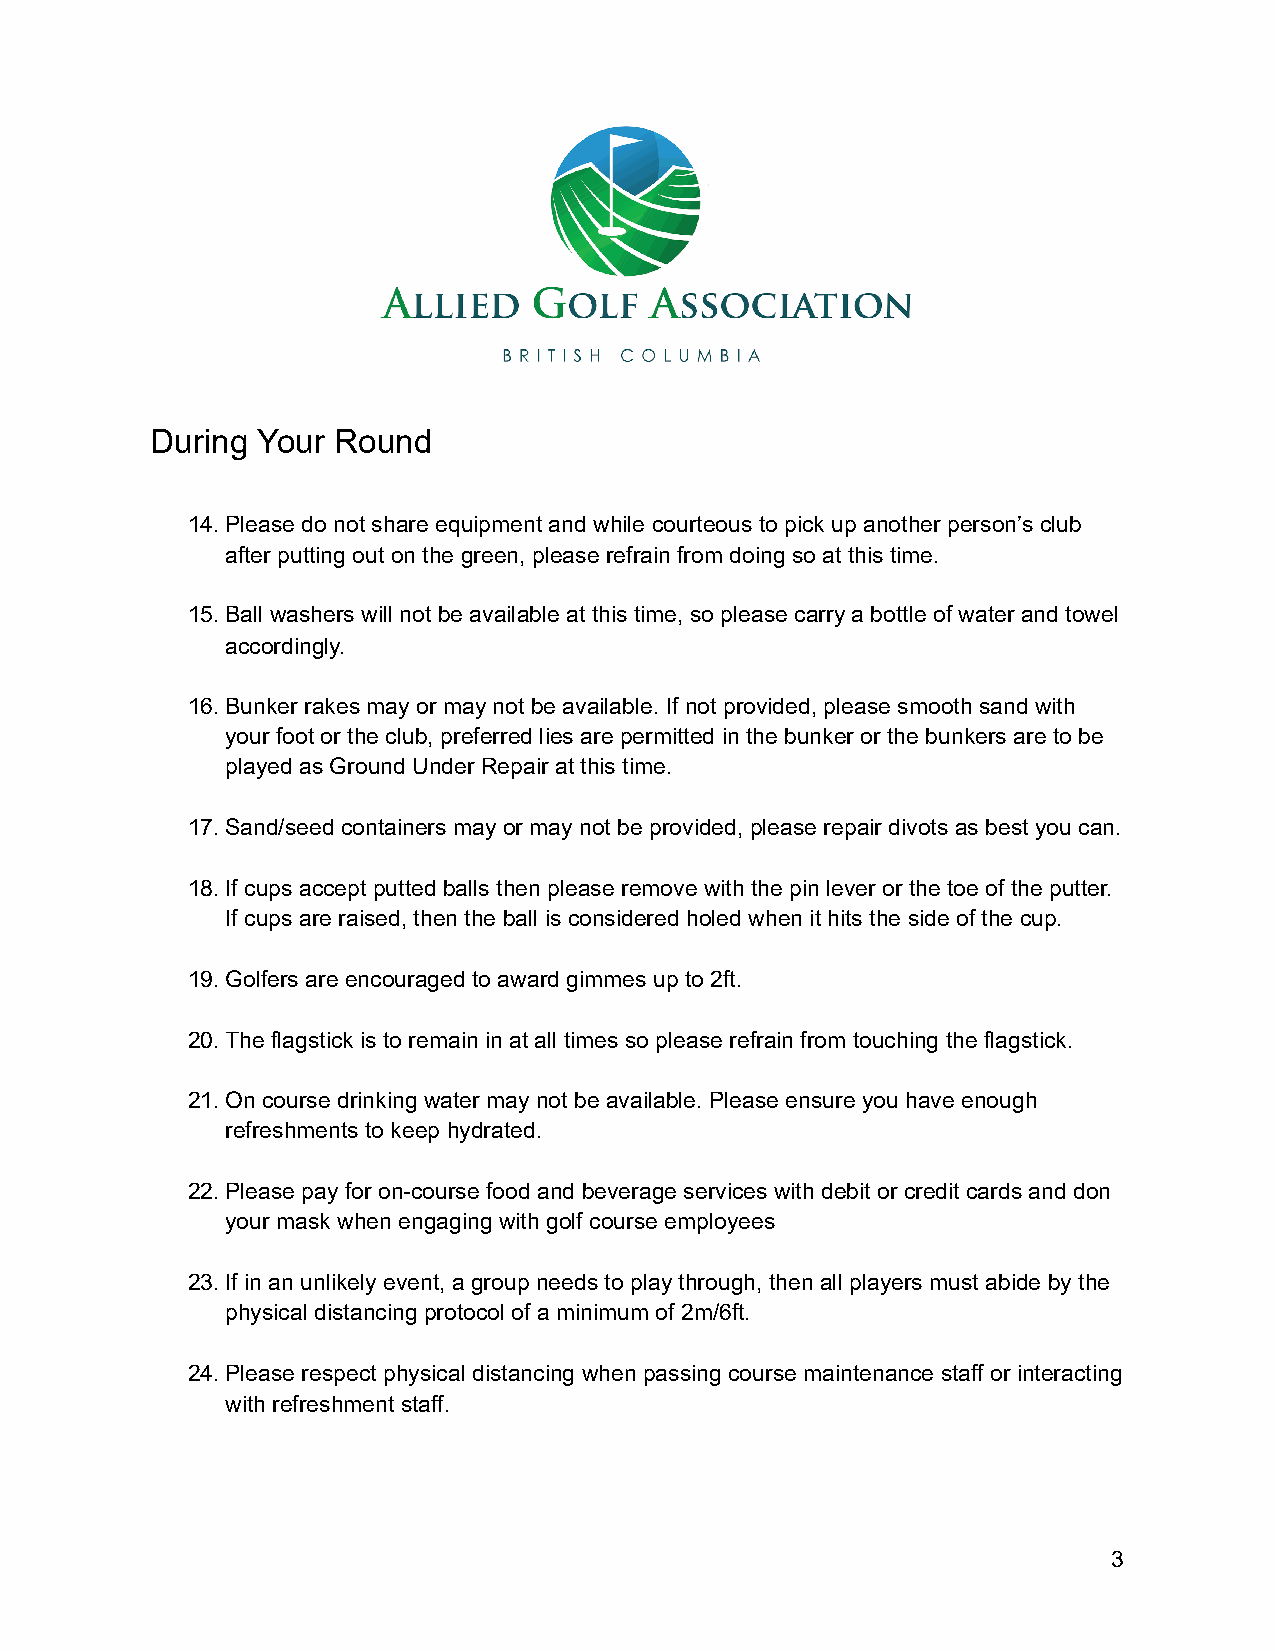
During Your Round
 14.Please do not share equipment and while courteous to pick up another person’s club
 after putting out on the green, please refrain from doing so at this time.
 15.Ball washers will not be available at this time, so please carry a bottle of water and towel
 accordingly.
 16.Bunker rakes may or may not be available. If not provided, please smooth sand with
 your foot or the club, preferred lies are permitted in the bunker or the bunkers are to be
 played as Ground Under Repair at this time.
 17.Sand/seed containers may or may not be provided, please repair divots as best you can.
 18.If cups accept putted balls then please remove with the pin lever or the toe of the putter.
 If cups are raised, then the ball is considered holed when it hits the side of the cup.
 19.Golfers are encouraged to award gimmes up to 2ft.
 20.The flagstick is to remain in at all times so please refrain from touching the flagstick.
 21.On course drinking water may not be available. Please ensure you have enough
 refreshments to keep hydrated.
 22.Please pay for on-course food and beverage services with debit or credit cards and don
 your mask when engaging with golf course employees
 23.If in an unlikely event, a group needs to play through, then all players must abide by the
 physical distancing protocol of a minimum of 2m/6ft.
 24.Please respect physical distancing when passing course maintenance staff or interacting
 with refreshment staff.
 3